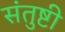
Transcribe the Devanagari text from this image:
संतुष्टी